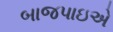
બાજપાઇએ